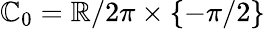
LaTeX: \mathbb{C}_{0}=\mathbb{{R}}/2\pi\times\{ -\pi/2\}